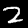
Label: 2